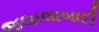
જલાલાબાદી